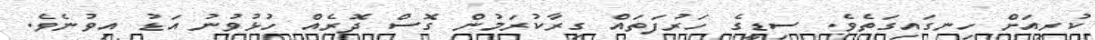
ކުރިއަށް ހިނގައިގަތެވެ. ސިޑީގެ ހަރުފަތައް ގިރާކުރަމުން ގޮސް ދޮރެއް ހުޅުވުނު އަޑު އިވުނެވެ.